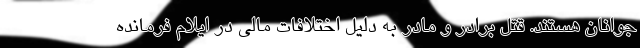
جوانان هستند. قتل برادر و مادر به دلیل اختلافات مالی در ایلام فرمانده